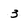
Character: 3